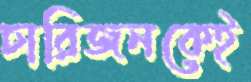
চারিজনকেই